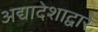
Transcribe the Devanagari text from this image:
अद्यादेशाद्वारे